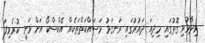
ވިދާޅުވި ގޮތުގައި މިދިއަ ދައުރުގައި ރަނގަޅު މަސައްކަތްތަކެއް އެކްސްކޯ އަށް ވަނީ ކުރެވިފަ